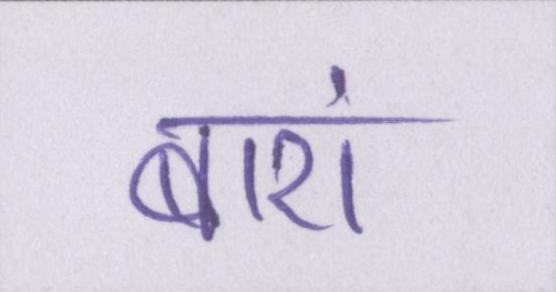
बारां